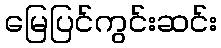
မြေပြင်ကွင်းဆင်း